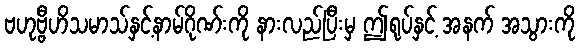
ဗဟုဗ္ဗီဟိသမာသ်နှင့်နာမ်ဂိုဏ်းကို နားလည်ပြီးမှ ဤရုပ်နှင့် အနက် အသွားကို